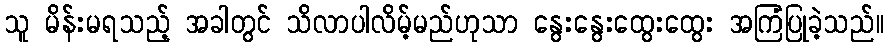
သူ မိန်းမရသည့် အခါတွင် သိလာပါလိမ့်မည်ဟုသာ နွေးနွေးထွေးထွေး အကြံပြုခဲ့သည်။